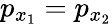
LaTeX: p_{x_{1}}=p_{x_{2}}